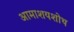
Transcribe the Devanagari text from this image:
आमाशयशोथ